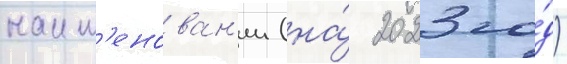
наим'енован'ии (на́ 2023 го́д)